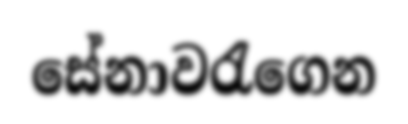
සේනාවරැගෙන